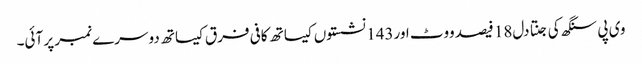
وی پی سنگھ کی جنتا دل18 فیصد ووٹ اور143 نشستوں کیساتھ کافی فرق کیساتھ دوسرے نمبر پر آئی۔